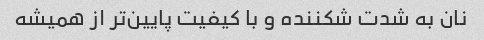
نان به شدت شکننده و با کیفیت پایین‌تر از همیشه